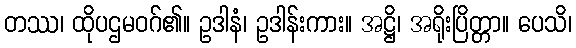
တဿ၊ ထိုပဌမဝဂ်၏။ ဥဒါနံ၊ ဥဒါန်းကား။ အဋ္ဌိ၊ အရိုးပြိတ္တာ။ ပေသိ၊